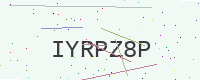
Text: IYRPZ8P